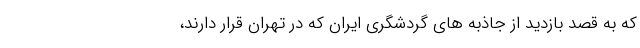
که به قصد بازدید از جاذبه های گردشگری ایران که در تهران قرار دارند،